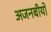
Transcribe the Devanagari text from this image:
अजनबीयों